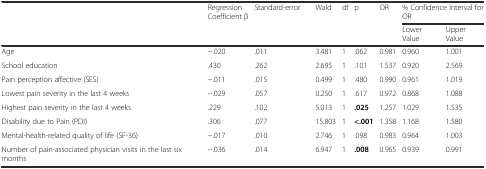
<table><thead><tr><td rowspan="2"></td><td rowspan="2"><b>Regression Coefficient β</b></td><td rowspan="2"><b>Standard-error</b></td><td rowspan="2"><b>Wald</b></td><td rowspan="2"><b>df</b></td><td rowspan="2"><b>p</b></td><td rowspan="2"><b>OR</b></td><td colspan="2"><b>% Confidence Interval for OR</b></td></tr><tr><td><b>Lower Value</b></td><td><b>Upper Value</b></td></tr></thead><tbody><tr><td>Age</td><td>−.020</td><td>.011</td><td>3.481</td><td>1</td><td>.062</td><td>0.981</td><td>0.960</td><td>1.001</td></tr><tr><td>School education</td><td>.430</td><td>.262</td><td>2.695</td><td>1</td><td>.101</td><td>1.537</td><td>0.920</td><td>2.569</td></tr><tr><td>Pain perception affective (SES)</td><td>−.011</td><td>.015</td><td>0.499</td><td>1</td><td>.480</td><td>0.990</td><td>0.961</td><td>1.019</td></tr><tr><td>Lowest pain severity in the last 4 weeks</td><td>−.029</td><td>.057</td><td>0.250</td><td>1</td><td>.617</td><td>0.972</td><td>0.868</td><td>1.088</td></tr><tr><td>Highest pain severity in the last 4 weeks</td><td>.229</td><td>.102</td><td>5.013</td><td>1</td><td><b>.025</b></td><td>1.257</td><td>1.029</td><td>1.535</td></tr><tr><td>Disability due to Pain (PDI)</td><td>.306</td><td>.077</td><td>15.803</td><td>1</td><td><b>&lt;.001</b></td><td>1.358</td><td>1.168</td><td>1.580</td></tr><tr><td>Mental-health-related quality of life (SF-36)</td><td>−.017</td><td>.010</td><td>2.746</td><td>1</td><td>.098</td><td>0.983</td><td>0.964</td><td>1.003</td></tr><tr><td>Number of pain-associated physician visits in the last six months</td><td>−.036</td><td>.014</td><td>6.947</td><td>1</td><td><b>.008</b></td><td>0.965</td><td>0.939</td><td>0.991</td></tr></tbody></table>